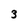
Character: 3